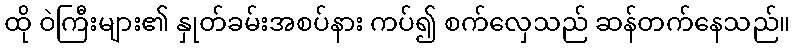
ထို ဝဲကြီးများ၏ နှုတ်ခမ်းအစပ်နား ကပ်၍ စက်လှေသည် ဆန်တက်နေသည်။